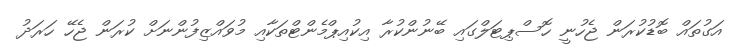
އަގުތައް ބޮޑުކުރަން ޖެހުނީ ހޮސްޕިޓަލްގައި ބޭނުންކުރާ އިކުއިޕްމެންޓްތަކާއި މުވައްޒިފުންނަށް ކުރަން ޖެހޭ ހަރަދު